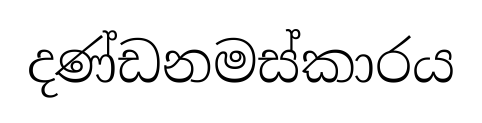
දණ්ඩනමස්කාරය